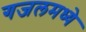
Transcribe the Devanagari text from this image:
गजलमध्ये